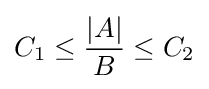
C_{1}\leq {\frac {|A|}{B}}\leq C_{2}